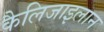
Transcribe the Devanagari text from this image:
कैलिजाइलान